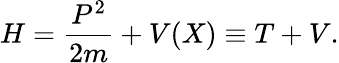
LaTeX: H=\frac{P^{2}}{2m}+V(X)\equiv T+V.